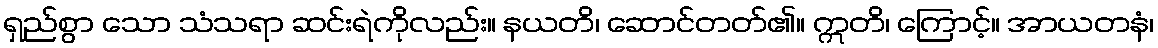
ရှည်စွာ သော သံသရာ ဆင်းရဲကိုလည်း။ နယတိ၊ ဆောင်တတ်၏။ ဣတိ၊ ကြောင့်။ အာယတနံ၊